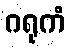
ဂရုကံ